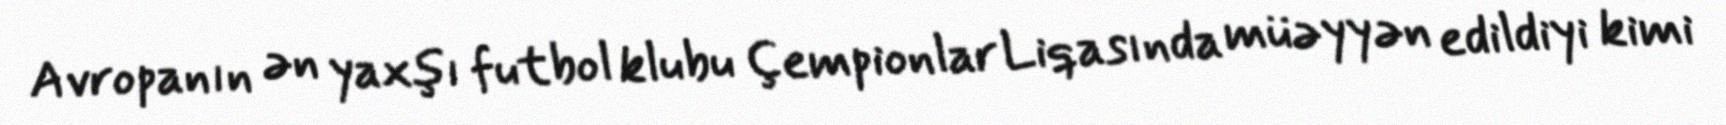
Avropanın ən yaxşı futbol klubu Çempionlar Liqasında müəyyən edildiyi kimi